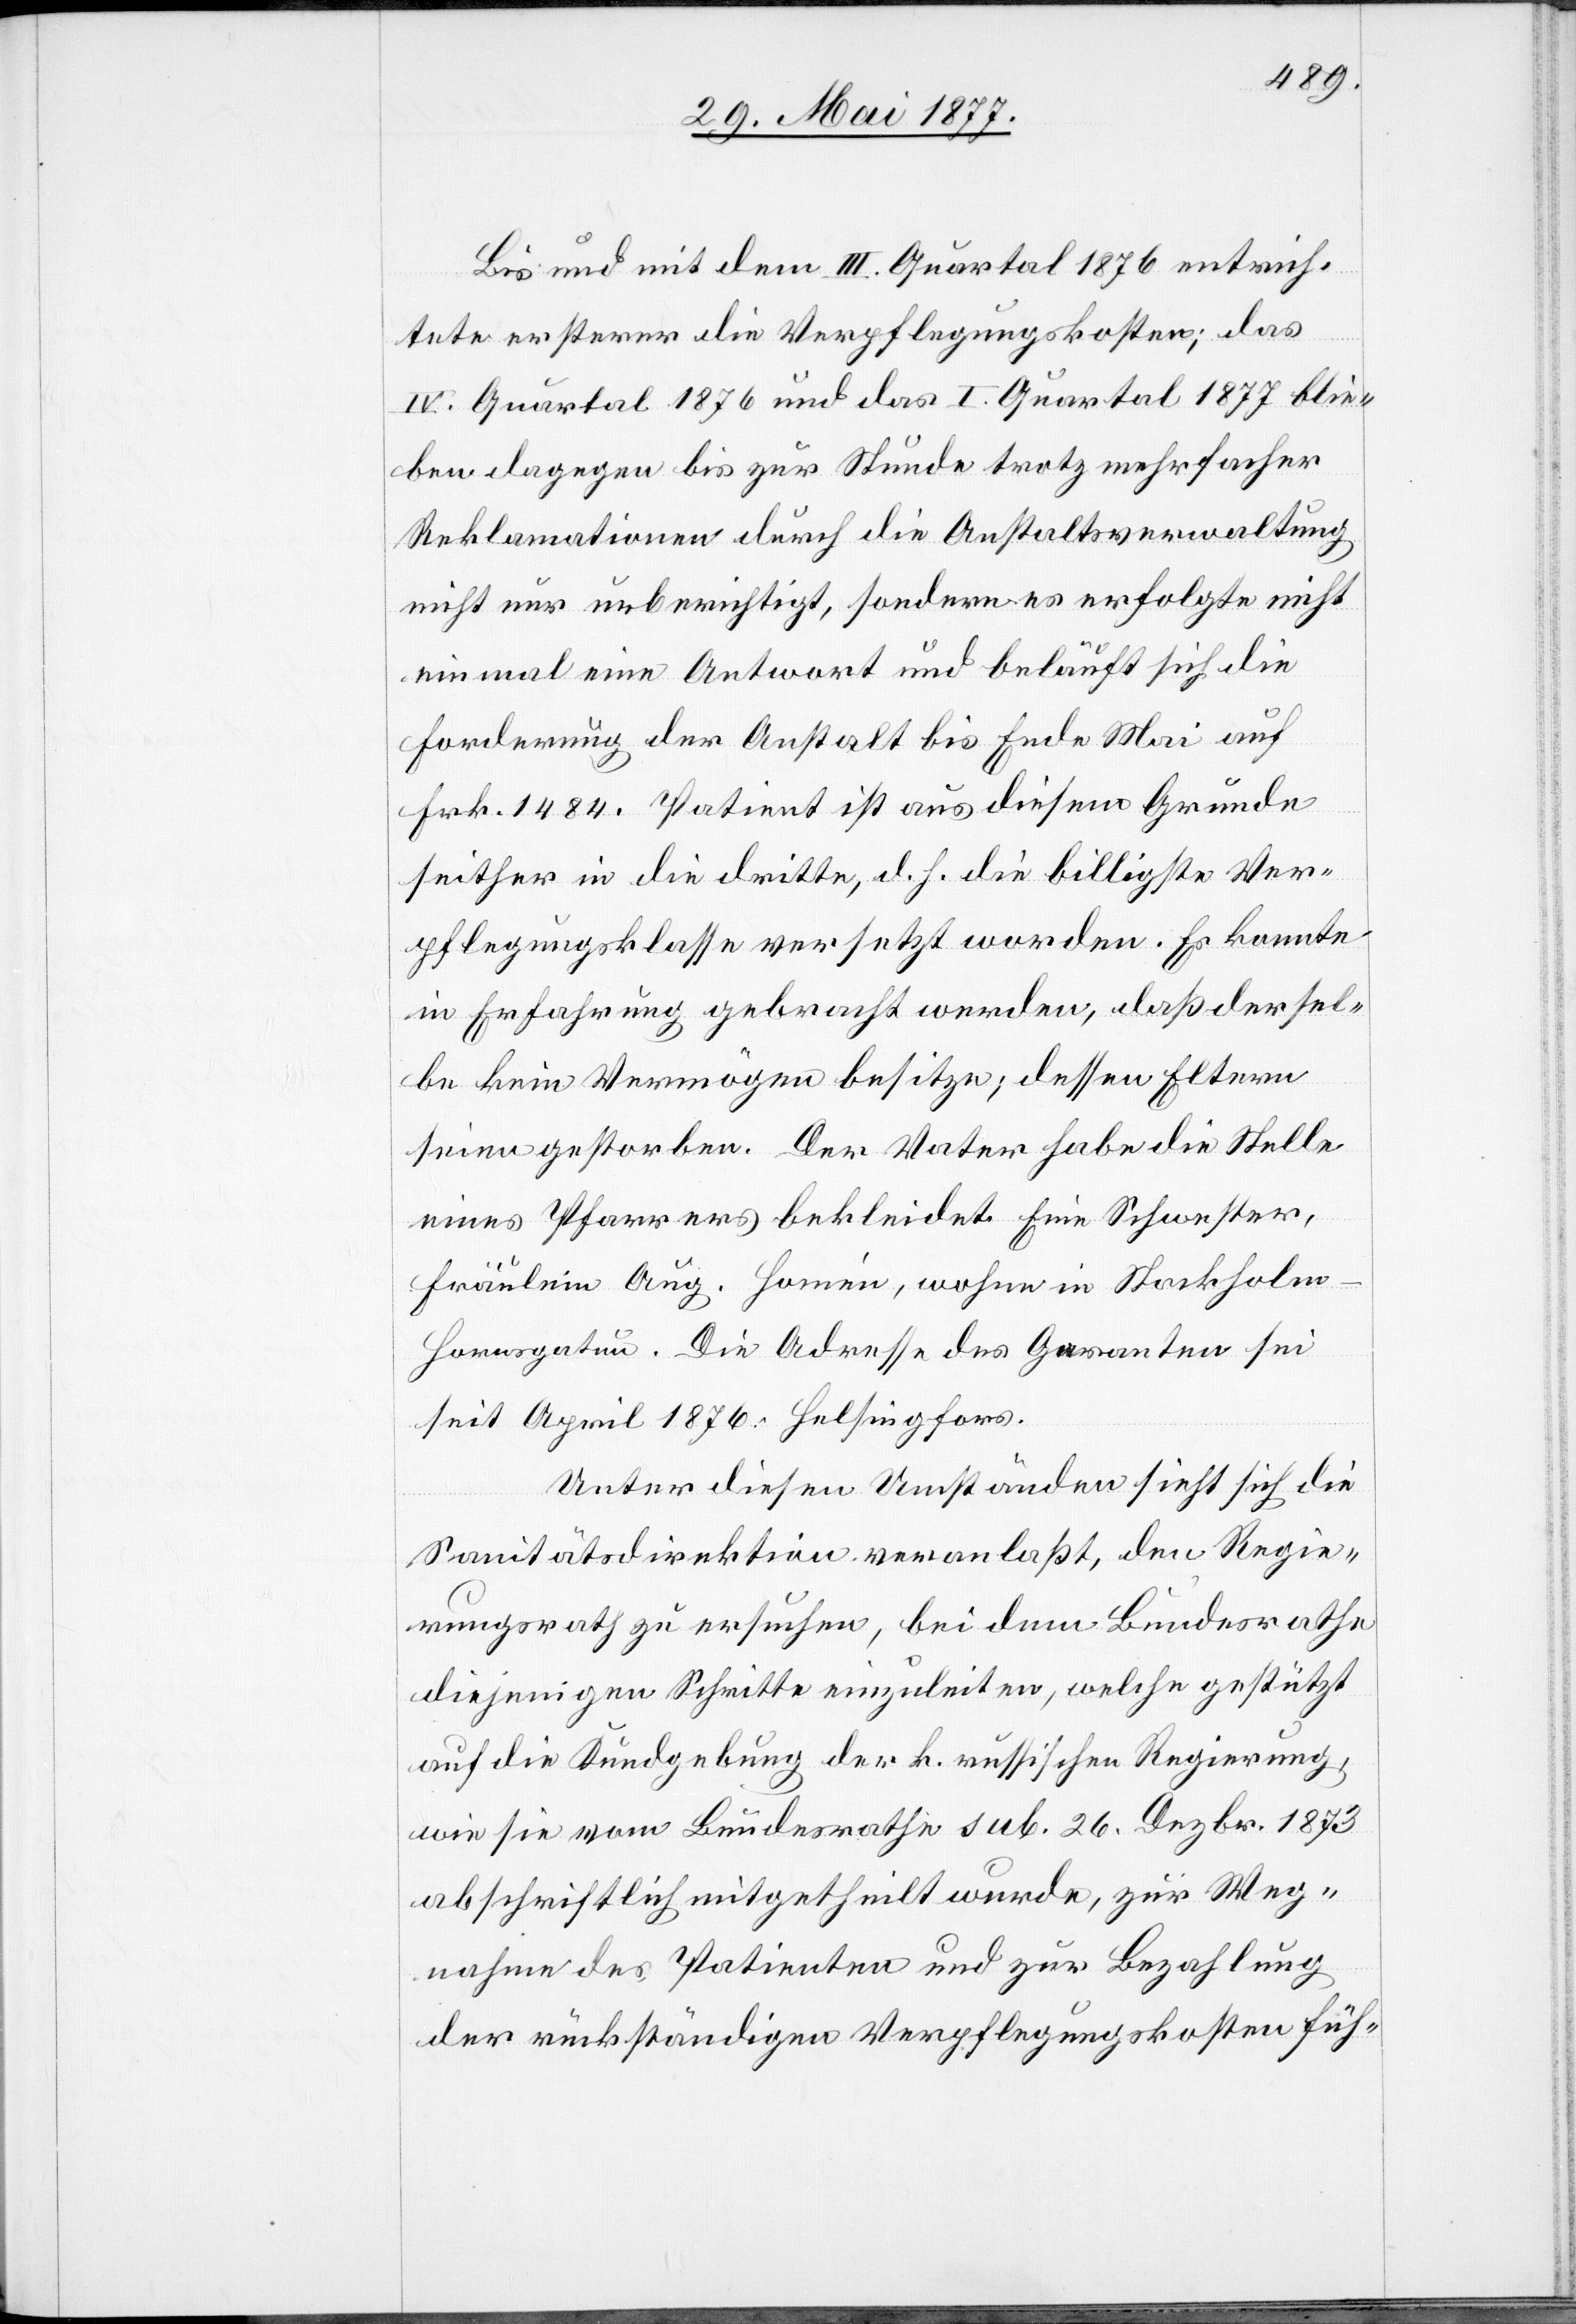
Bis und mit dem III. Quartal 1876 entrich¬
tete ersterer die Verpflegungskosten; das
IV. Quartal 1876 und das I. Quartal 1877 ble¬
iben dagegen bis zur Stunde trotz mehrfacher
Reklamationen durch die Anstaltsverwaltung
nicht nur unberichtigt, sondern es erfolgte nicht
einmal eine Antwort und beläuft sich die
Forderung der Anstalt bis Ende Mai auf
Frk. 1484. Patient ist aus diesem Grunde
seither in die dritte, d. h. die billigste Ver¬
pflegungsklasse versetzt worden. Es konnte
in Erfahrung gebracht werden, daß dersel¬
be kein Vermögen besitze; dessen Eltern
seien gestorben. Der Vater habe die Stelle
eines Pfarrers bekleidet. Eine Schwester,
Fräulein Aug. Homén, wohne in Stockholm
Hornsgatun. Die Adresse des Garanten sei
seit April 1876 Helsingfors.
Unter diesen Umständen sieht sich die
Sanitätsdirektion veranlaßt, den Regie¬
rungsrath zu ersuchen, bei dem Bundesrathe
diejenigen Schritte einzuleiten, welche gestützt
auf die Kundgebung der k. russischen Regierung,
wie sie vom Bundesrathe sub. 26. Dezbr. 1873
abschriftlich mitgetheilt wurde, zur Weg¬
nahme des Patienten und zur Bezahlung
der Rückständigen Verpflegungskosten füh-